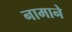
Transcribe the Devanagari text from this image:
नामाने